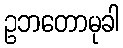
ဥဘတောမုခါ